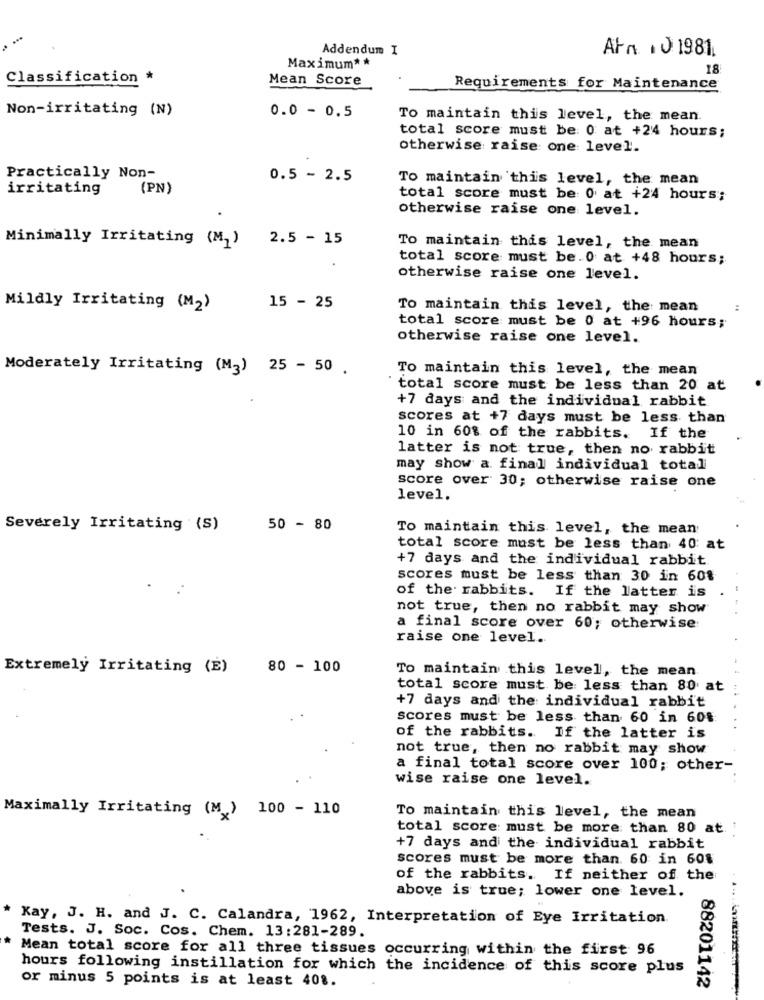
Addendum I
Arn 10 1981.
Maximum* *
18
Classification *
Mean Score
Requirements for Maintenance
Non-irritating (N)
0.0 - 0.5
To maintain this level, the mean.
total score must be: 0 at +24 hours;
otherwise raise one level.
Practically Non-
0.5 - 2.5
To maintain 'this level, the mean
irritating
(PN)
total score must be: 0 at +24 hours;
otherwise raise one level.
Minimally Irritating (M)
2.5 - 15
To maintain this level, the mean
total score must be. 0 at +48 hours;
otherwise raise one level.
Mildly Irritating (M2)
15 - 25
To maintain this level, the mean
total score must be 0 at +96 hours;
otherwise raise one level.
Moderately Irritating (M3) 25 - 50 .
To maintain this level, the mean
total score must be less than 20 at
+7 days and the individual rabbit
scores at +7 days must be less than
10 in 60% of the rabbits. If the
latter is not true, then no rabbit
may show a final individual total
score over 30; otherwise raise one
level.
Severely Irritating (S)
50 - 80
To maintain this level, the mean
total score must be less than 40: at
+7 days and the individual rabbit
scores must be less than 30 in 60%
of the rabbits. If the latter is
not true, then no rabbit may show
a final score over 60; otherwise:
raise one level.
Extremely Irritating (E)
80 - 100
To maintain this level, the mean
total score must be less than 80 at
+7 days and the individual rabbit
scores must be less than 60 in 608:
of the rabbits. If the latter is
not true, then no rabbit may show
a final total score over 100; other-
wise raise one level.
Maximally Irritating (M ) 100 - 110
To maintain this level, the mean
total score must be more than 80 at .:
+7 days and the individual rabbit
scores must be more than. 60 in 601
of the rabbits. If neither of the
above is true; lower one level.
Kay, J. H. and J. C. Calandra, 1962, Interpretation of Eye Irritation
Tests. J. Soc. Cos. Chem. 13:281-289.
Mean total score for all three tissues occurring within the first 96
hours following instillation for which the incidence of this score plus
or minus 5 points is at least 40 ..
88201142